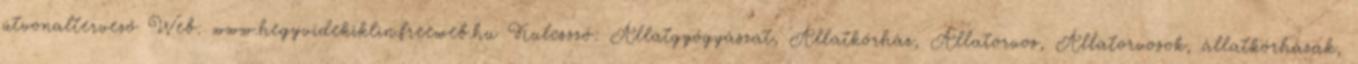
útvonaltervező Web: www.hegyvidekiklin.freeweb.hu Kulcsszó: Állatgyógyászat, Állatkórház, Állatorvos, Állatorvosok, állatkórházak,